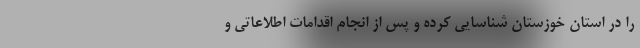
را در استان خوزستان شناسایی کرده و پس از انجام اقدامات اطلاعاتی و